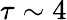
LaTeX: \tau\sim 4